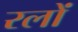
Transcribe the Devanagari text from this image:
रलों